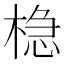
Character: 𬃡